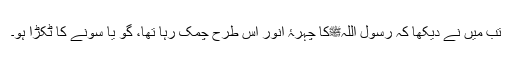
تب میں نے دیکھا کہ رسول اللہﷺکا چہرۂ انور اس طرح چمک رہا تھا، گو یا سونے کا ٹکڑا ہو۔